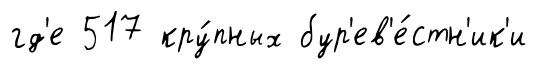
гд'е 517 кру́пных бур'ев'е́стн'ик'и